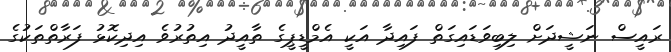
ރައީސް ނަޝީދަށް ލިބިވަޑައިގަތް ފައިދާ އަކީ އެމްޑީޕީގެ ތާއީދު އިތުރުވެ އިދިކޮޅު ފަރާތްތަކުގެ